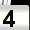
Digit: 4